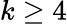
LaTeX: k\geq 4